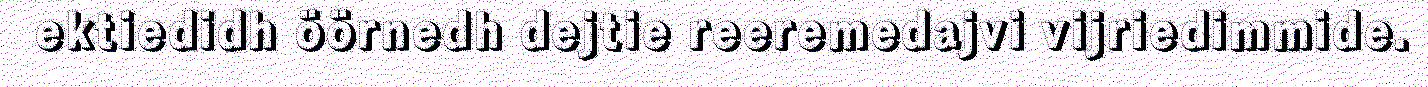
ektiedidh öörnedh dejtie reeremedajvi vijriedimmide.